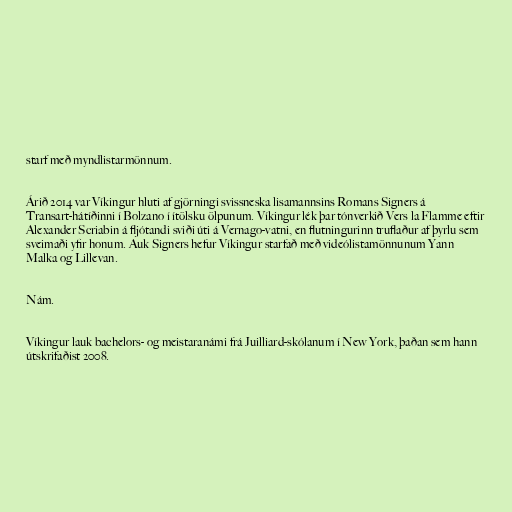
starf með myndlistarmönnum.

Árið 2014 var Víkingur hluti af gjörningi svissneska lisamannsins Romans Signers á
Transart-hátíðinni í Bolzano í ítölsku ölpunum. Víkingur lék þar tónverkið Vers la Flamme eftir
Alexander Scriabin á fljótandi sviði úti á Vernago-vatni, en flutningurinn truflaður af þyrlu sem
sveimaði yfir honum. Auk Signers hefur Víkingur starfað með videólistamönnunum Yann
Malka og Lillevan.

Nám.

Víkingur lauk bachelors- og meistaranámi frá Juilliard-skólanum í New York, þaðan sem hann
útskrifaðist 2008.